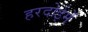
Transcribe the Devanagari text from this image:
हरदोईमें